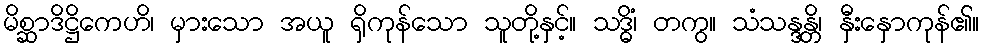
မိစ္ဆာဒိဋ္ဌိကေဟိ၊ မှားသော အယူ ရှိကုန်သော သူတို့နှင့်။ သဒ္ဓိံ၊ တကွ။ သံသန္ဒန္တိ၊ နှီးနှောကုန်၏။